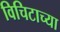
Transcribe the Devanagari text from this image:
विचिटाच्या